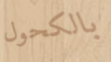
بالكحول